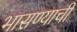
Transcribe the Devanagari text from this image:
भासण्याची